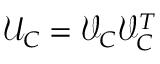
\mathcal { U } _ { C } = \mathcal { V } _ { C } \mathcal { V } _ { C } ^ { T }